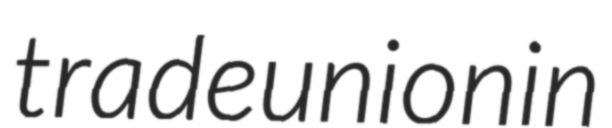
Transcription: trade union in